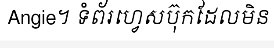
Angie។ ទំព័រហ្វេសប៊ុកដែលមិន